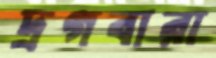
দ্রগবারা